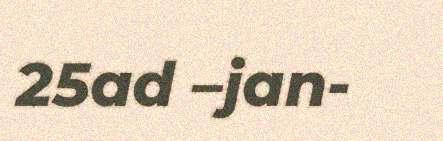
25ad –jan-